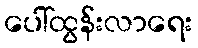
ပေါ်ထွန်းလာရေး